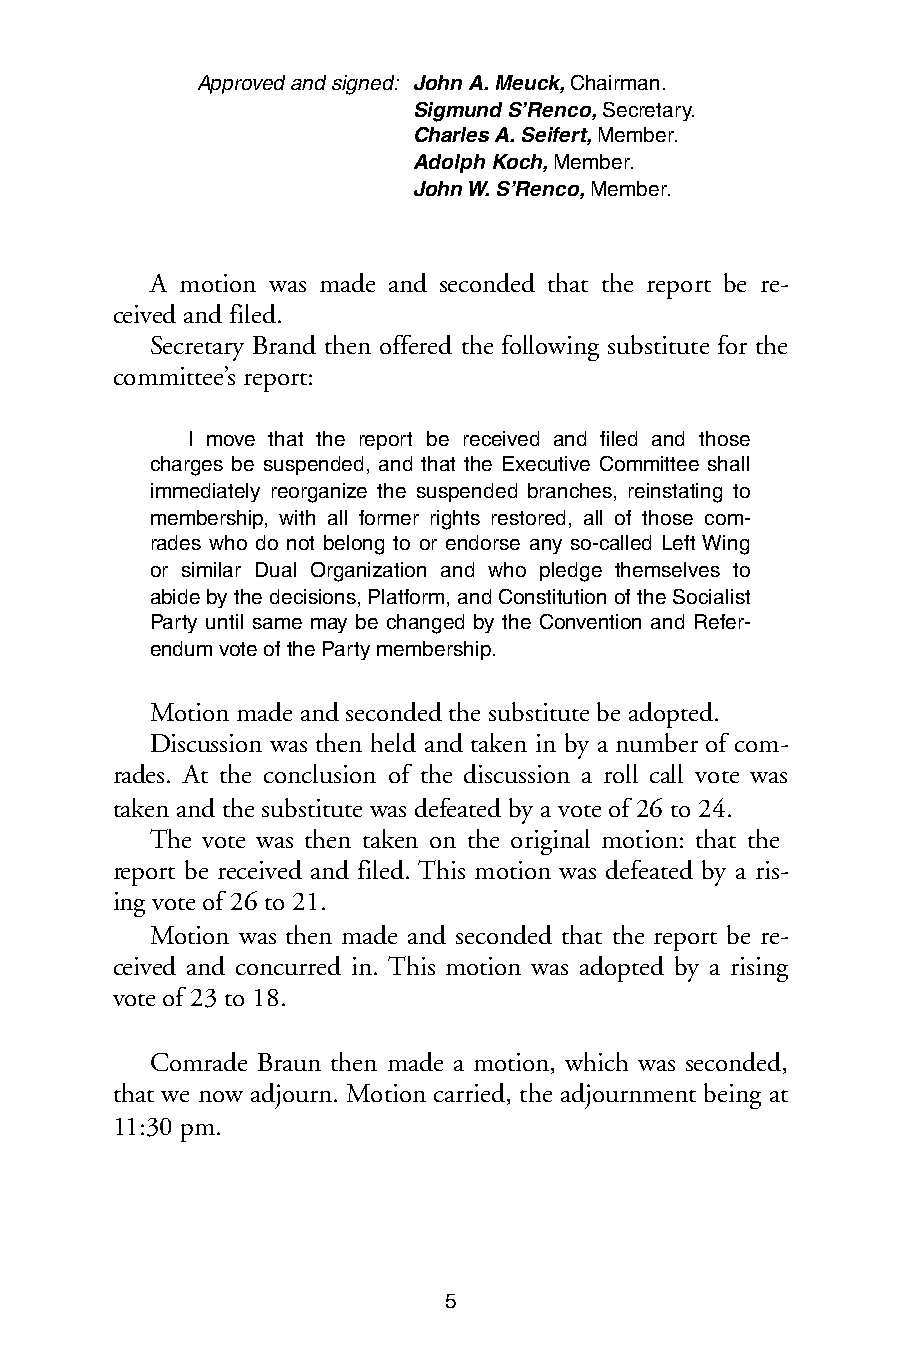
Approved and signed: John A. Meuck, Chairman.
 Sigmund S’Renco, Secretary.
 Charles A. Seifert, Member.
 Adolph Koch, Member.
 John W. S’Renco, Member.
 A motion was made and seconded that the report be re-
 ceived and filed.
 Secretary Brand then offered the following substitute for the
 committee’s report:
 I move that the report be received and filed and those
 charges be suspended, and that the Executive Committee shall
 immediately reorganize the suspended branches, reinstating to
 membership, with all former rights restored, all of those com-
 rades who do not belong to or endorse any so-called Left Wing
 or similar Dual Organization and who pledge themselves to
 abide by the decisions, Platform, and Constitution of the Socialist
 Party until same may be changed by the Convention and Refer-
 endum vote of the Party membership.
 Motion made and seconded the substitute be adopted.
 Discussion was then held and taken in by a number of com-
 rades. At the conclusion of the discussion a roll call vote was
 taken and the substitute was defeated by a vote of 26 to 24.
 The vote was then taken on the original motion: that the
 report be received and filed. This motion was defeated by a ris-
 ing vote of 26 to 21.
 Motion was then made and seconded that the report be re-
 ceived and concurred in. This motion was adopted by a rising
 vote of 23 to 18.
 Comrade Braun then made a motion, which was seconded,
 that we now adjourn. Motion carried, the adjournment being at
 11:30 pm.
 5